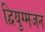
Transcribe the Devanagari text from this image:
द्वियुग्मजन